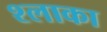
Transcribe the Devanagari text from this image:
श्लाका